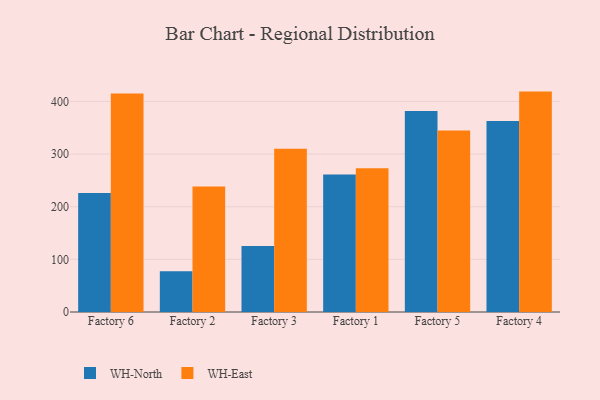
{"axis": {"x": "Factory", "y": "Shipments"}, "legend": ["WH-East", "WH-North"], "data": [{"x": "Factory 6", "y": 226.2, "type": "WH-North"}, {"x": "Factory 6", "y": 415.0, "type": "WH-East"}, {"x": "Factory 2", "y": 77.5, "type": "WH-North"}, {"x": "Factory 2", "y": 238.3, "type": "WH-East"}, {"x": "Factory 3", "y": 125.2, "type": "WH-North"}, {"x": "Factory 3", "y": 310.3, "type": "WH-East"}, {"x": "Factory 1", "y": 261.1, "type": "WH-North"}, {"x": "Factory 1", "y": 273.0, "type": "WH-East"}, {"x": "Factory 5", "y": 381.7, "type": "WH-North"}, {"x": "Factory 5", "y": 344.8, "type": "WH-East"}, {"x": "Factory 4", "y": 362.8, "type": "WH-North"}, {"x": "Factory 4", "y": 418.7, "type": "WH-East"}]}